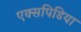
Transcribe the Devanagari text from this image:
एक्सपिडिया